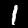
Label: 1